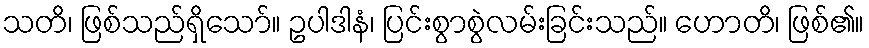
သတိ၊ ဖြစ်သည်ရှိသော်။ ဥပါဒါနံ၊ ပြင်းစွာစွဲလမ်းခြင်းသည်။ ဟောတိ၊ ဖြစ်၏။